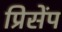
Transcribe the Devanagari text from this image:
प्रिसेंप